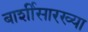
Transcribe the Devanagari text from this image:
बार्शीसारख्या